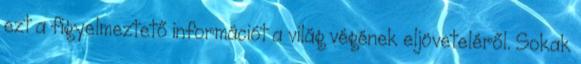
ezt a figyelmeztető információt a világ végének eljöveteléről. Sokak